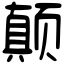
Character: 颠